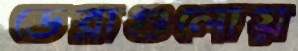
ডেরাগুলোয়